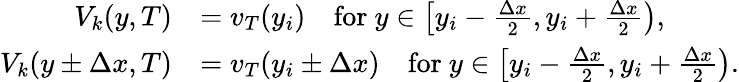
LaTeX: \begin{array}{rl}{V_{k}(y,T)}&{=v_{T}(y_{i})\quad\mathrm{for~}y\in\left[y_{i}-\frac{\Delta x}{2},y_{i}+\frac{\Delta x}{2}\right),}\\ {V_{k}(y\pm\Delta x,T)}&{=v_{T}(y_{i}\pm\Delta x)\quad\mathrm{for~}y\in\left[y_{i}-\frac{\Delta x}{2},y_{i}+\frac{\Delta x}{2}\right).}\end{array}